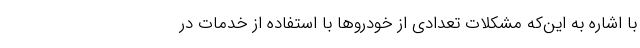
با اشاره به این‌که مشکلات تعدادی از خودروها با استفاده از خدمات در